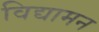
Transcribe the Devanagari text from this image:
विद्यामन